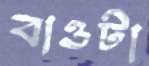
বাওটা